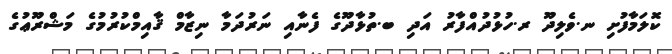
ކޮލަމާފުށި ނ.ވެލިދޫ ރ.ހުޅުދުއްފާރު އަދި ބ.ތުޅާދޫގެ ފެނާއި ނަރުދަމާ ނިޒާމް ޤާއިމްކުރުމުގެ މަޝްރޫޢުގެ